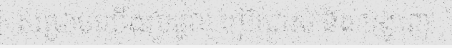
សម្រាប់យើងប្រមូល ប្រើប្រាស់ និង បង្ហាញ